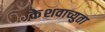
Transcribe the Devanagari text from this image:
केेशवाच्युता